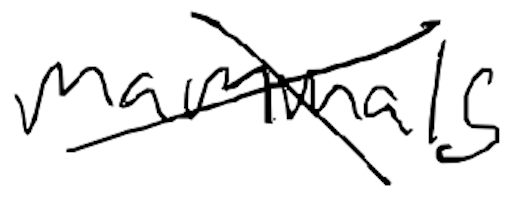
Text: mammals
Cross-out: cross
Writing tool: digital_black